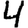
Digit: 4